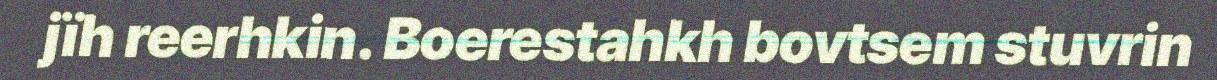
jïh reerhkin. Boerestahkh bovtsem stuvrin